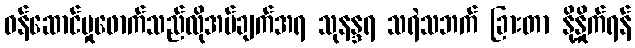
ဝန်ဆောင်မှုဖောက်သည်လိုအပ်ချက်အရ သုနန္ဒရ သရဲသဘက် ခြားတာ နို့နှိုက်ရန်